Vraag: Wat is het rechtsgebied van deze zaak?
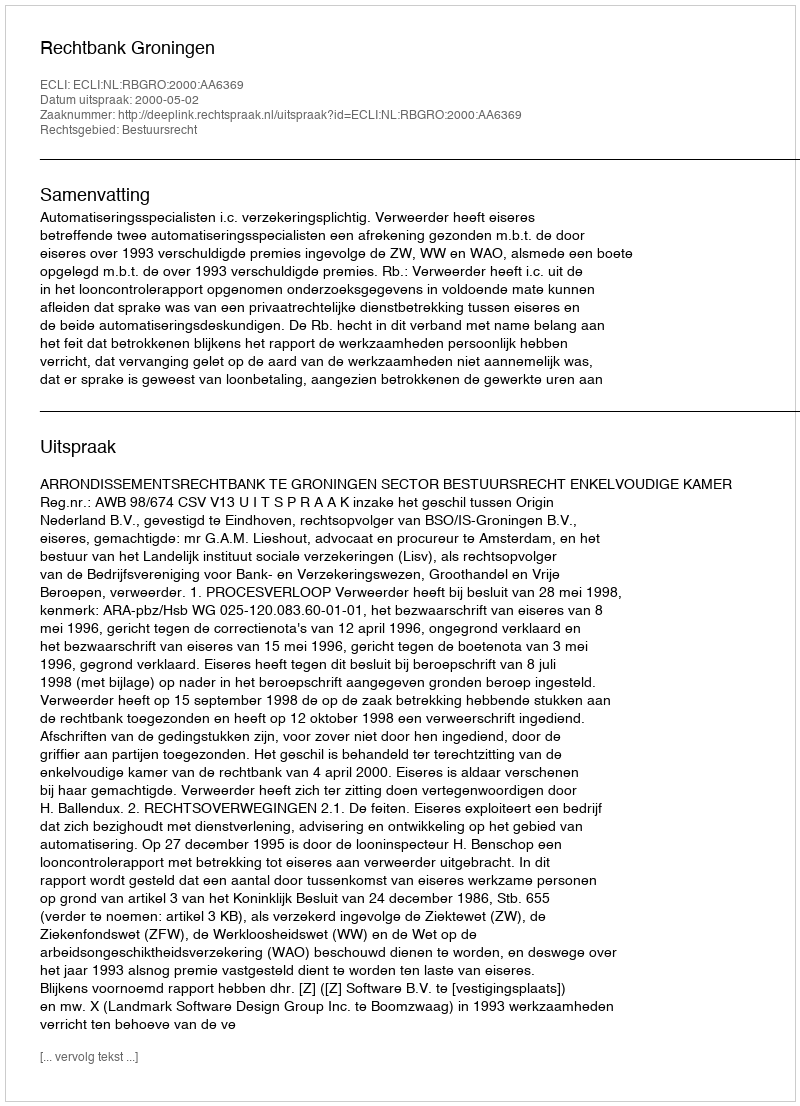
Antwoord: Bestuursrecht